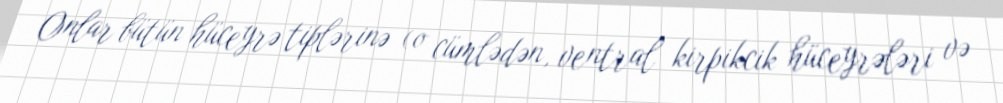
Onlar bütün hüceyrə tiplərinə (o cümlədən, ventral kirpikcik hüceyrələri və